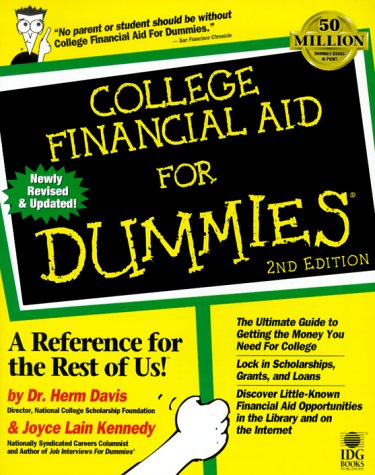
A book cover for College Financial Aid For Dummies; Herm Davis; Education & Teaching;